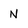
Character: N